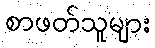
စာဖတ်သူများ